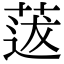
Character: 𦳺